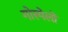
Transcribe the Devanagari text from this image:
गोस्पेलों